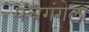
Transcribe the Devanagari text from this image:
पंचगंगेला